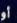
أو